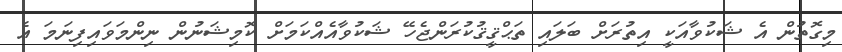
މިގޮތުން އެ ޝަކުވާއަކީ އިތުރަށް ބަލައި ތަޙްޤީޤުކުރަންޖެހޭ ޝަކުވާއެއްކަމަށް ކޮމިޝަނުން ނިންމަވައިފިނަމަ އެ